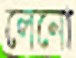
লেনো